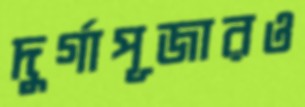
দুর্গাপূজারও